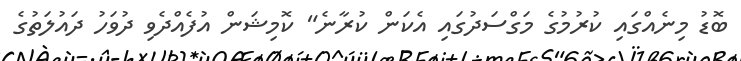
ބޮޑު މިނެއްގައި ކުރުމުގެ މަގްސަދުގައި އެކަން ކުރާނެ" ކޮމިޝަން އުފެއްދެވި ދުވަހު ދައުލަތުގެ